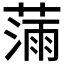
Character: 𫉗